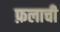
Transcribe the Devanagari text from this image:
फ़लाची